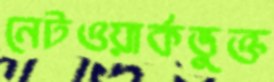
নেটওয়ার্কভুক্ত